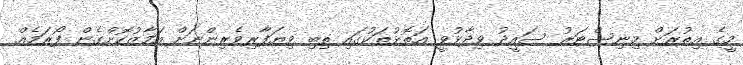
މީގެ އިތުރަށް މިނިސްޓަރު ސައީދު ވިދާޅުވީ އަތޮޅުތަކުގައި ތިބި ވިޔަފާރިވެރިންނަށް އަމާޒުކޮށްގެން ފޯރަމެއް